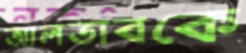
আলতাবকে